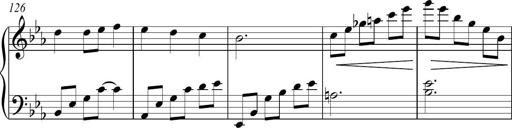
Title: Piano Sonatina in C
Composer: Daniel LÃ©o Simpson
Key: C major